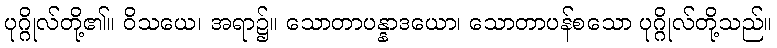
ပုဂ္ဂိုလ်တို့၏။ ဝိသယေ၊ အရာ၌။ သောတာပန္နာဒယော၊ သောတာပန်စသော ပုဂ္ဂိုလ်တို့သည်။